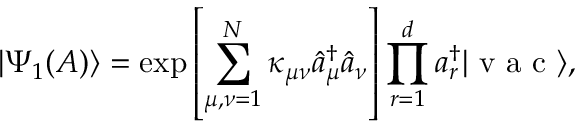
| \Psi _ { 1 } ( A ) \rangle = \exp \left[ \sum _ { \mu , \nu = 1 } ^ { N } \kappa _ { \mu \nu } \hat { a } _ { \mu } ^ { \dagger } \hat { a } _ { \nu } \right] \prod _ { r = 1 } ^ { d } a _ { r } ^ { \dagger } | \textrm { v a c } \rangle ,